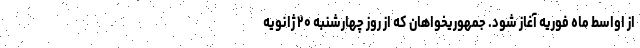
از اواسط ماه فوریه آغاز شود. جمهوریخواهان که از روز چهارشنبه ۲۰ ژانویه